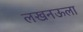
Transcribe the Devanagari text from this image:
लखनऊला